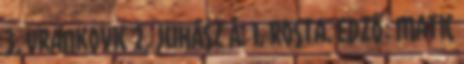
3, Vrankovic 2, Juhász Á. 1, Rosta. Edző: Matic